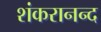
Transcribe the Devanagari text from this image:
शंकरानन्द